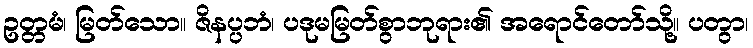
ဥတ္တမံ၊ မြတ်သော။ ဇိနပ္ပဘံ၊ ပဒုမမြတ်စွာဘုရား၏ အရောင်တော်သို့။ ပတွာ၊